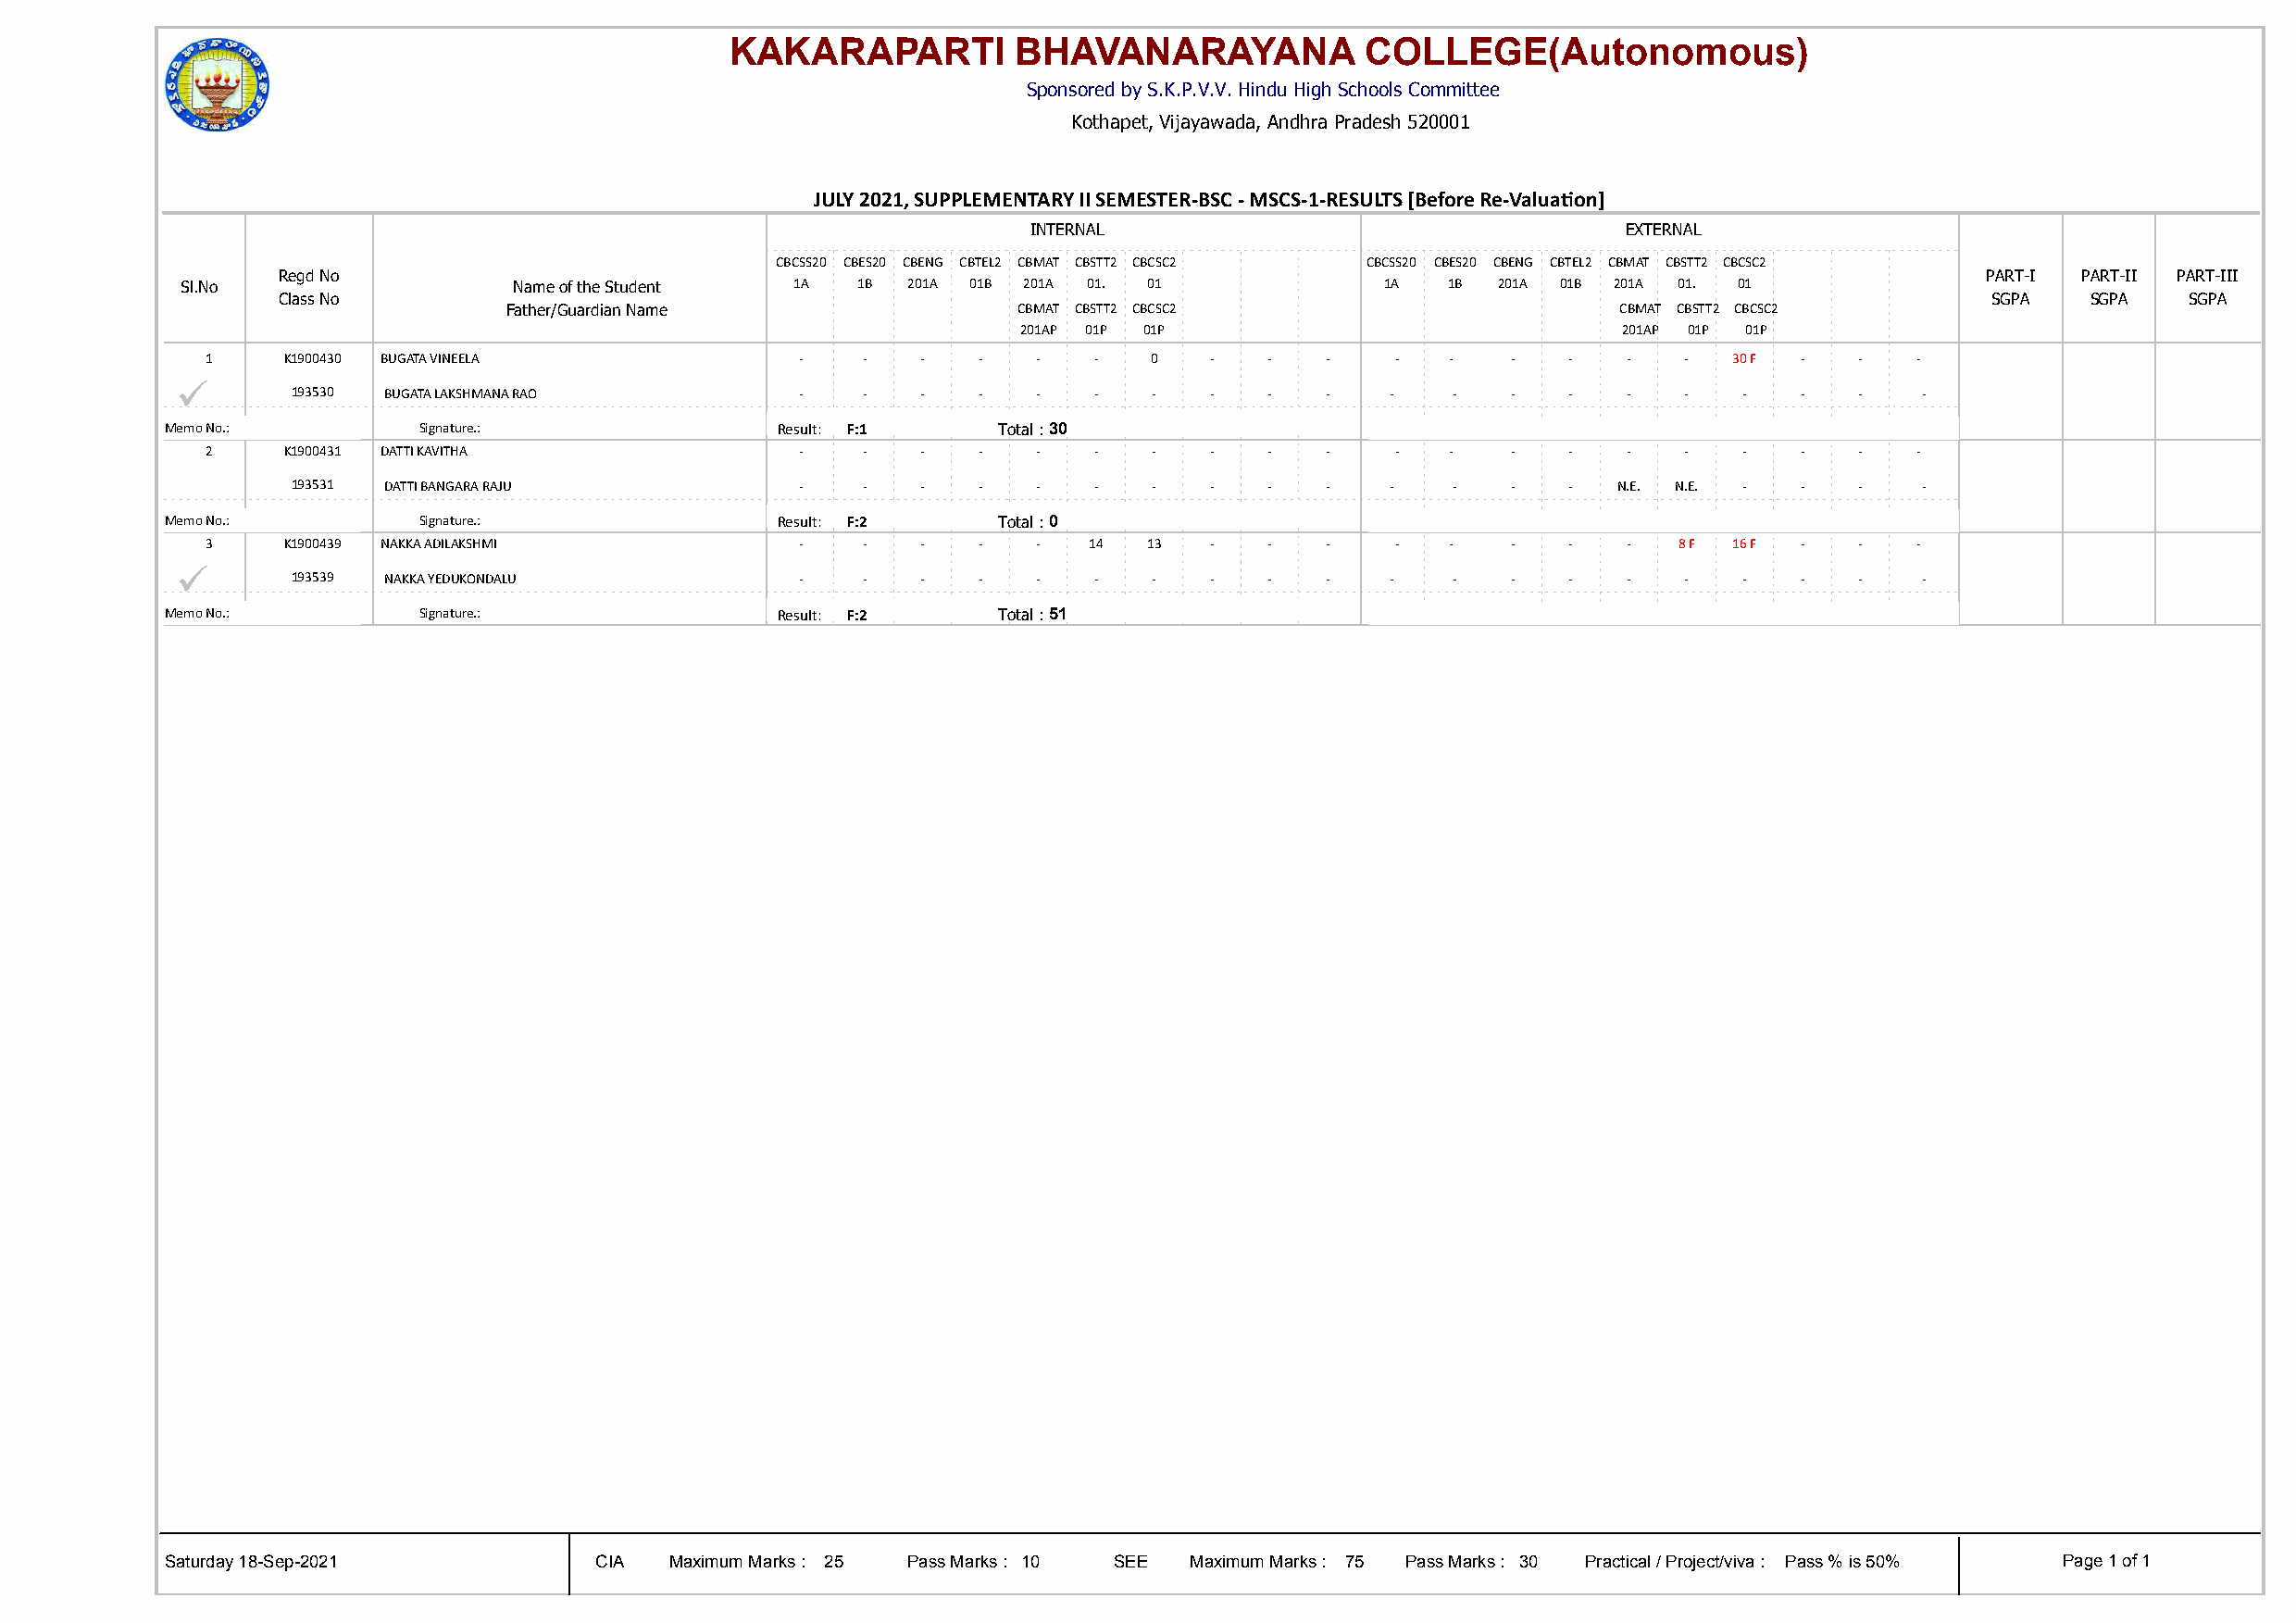
KAKARAPARTI          BHAVANARAYANA            COLLEGE(Autonomous)
 Sponsored by S.K.P.V.V. Hindu High Schools Committee
 Kothapet, Vijayawada, Andhra Pradesh 520001
 JULY 2021, SUPPLEMENTARY II SEMESTER-BSC - MSCS-1-RESULTS [Before Re-Valuaton]
 INTERNAL                                  EXTERNAL
 CBCSS20 CBES20 CBENG CBTEL2 CBMAT CBSTT2 CBCSC2 CBCSS20 CBES20 CBENG CBTEL2 CBMAT CBSTT2 CBCSC2
 Regd No                                                                                                                   PART-I PART-II PART-III
 Sl.No                   Name of the Student 1A  1B  201A 01B 201A 01. 01              1A  1B  201A 01B 201A 01. 01
 Class No                                                                                                                  SGPA   SGPA   SGPA
 Father/Guardian Name                 CBMAT CBSTT2 CBCSC2                        CBMAT CBSTT2 CBCSC2
 201AP 01P 01P                              201AP 01P 01P
 1    K1900430 BUGATA VINEELA              -    -   -   -   -   -   0   -    -   -    -   -   -   -   -   -   30 F -   -   -
 ü
 193530 BUGATA LAKSHMANA RAO         -    -   -   -   -   -   -   -    -   -   -    -   -   -   -   -    -   -   -   -
 Memo No.:         Signature.:               Result: F:1    Total : 30
 2    K1900431 DATTI KAVITHA               -    -   -   -   -   -   -   -    -   -    -   -   -   -   -   -    -   -   -   -
 193531 DATTI BANGARA RAJU           -    -   -   -   -   -   -   -    -   -   -    -   -   -   N.E. N.E. -  -   -   -
 Memo No.:         Signature.:               Result: F:2    Total : 0
 3    K1900439 NAKKA ADILAKSHMI            -    -   -   -   -   14  13  -    -   -    -   -   -   -   -   8 F 16 F -   -   -
 ü
 193539 NAKKA YEDUKONDALU            -    -   -   -   -   -   -   -    -   -   -    -   -   -   -   -    -   -   -   -
 Memo No.:         Signature.:               Result: F:2    Total : 51
 Saturday 18-Sep-2021           CIA  Maximum Marks : 25 Pass Marks : 10 SEE Maximum Marks : 75 Pass Marks : 30 Practical / Project/viva : Pass % is 50% Page 1 of 1